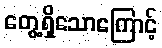
တွေ့ရှိသောကြောင့်